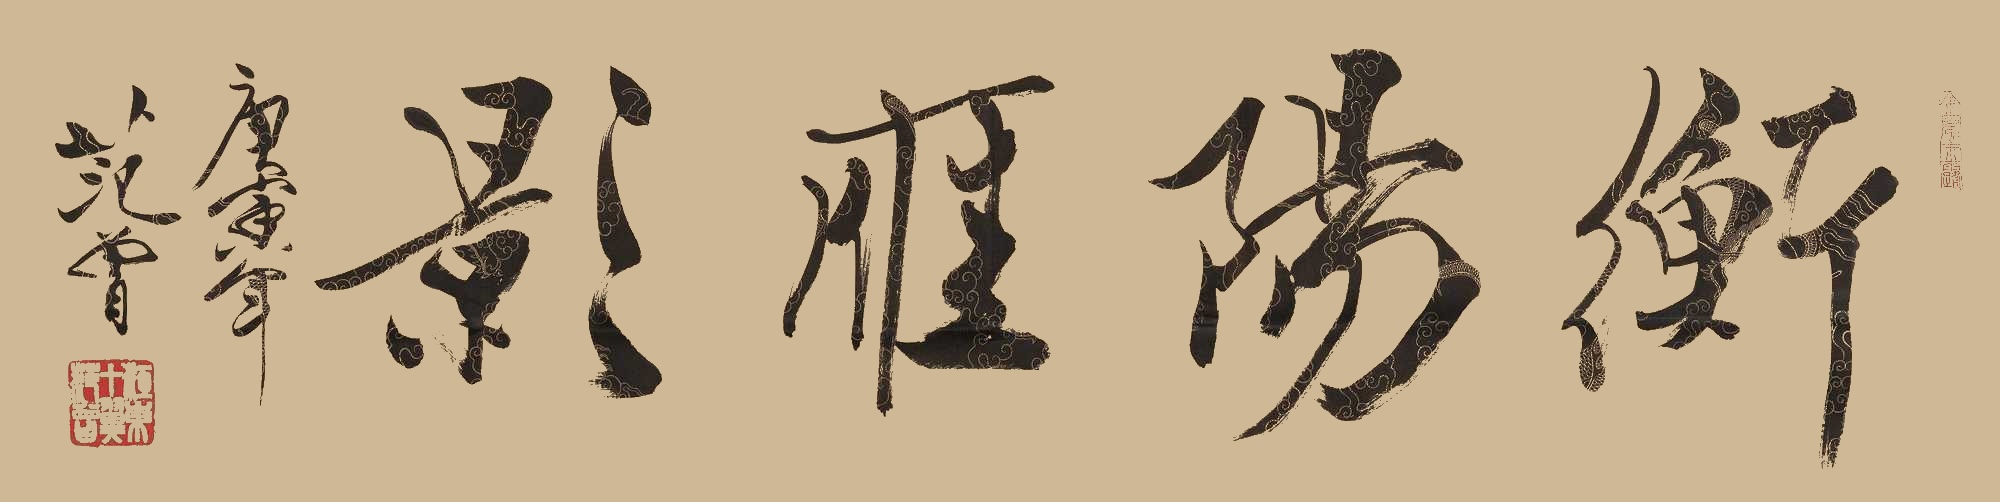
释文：衡阳雁影庚申年，范曾。